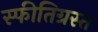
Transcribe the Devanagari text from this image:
स्फीतिग्रस्त